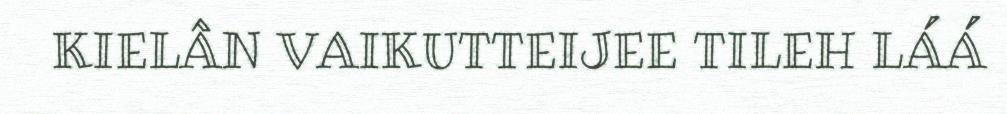
KIELÂN VAIKUTTEIJEE TILEH LÁÁ